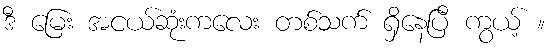
ဒီ မြေး အငယ်ဆုံးကလေး တစ်သက် ရှိနေပြီ ကွယ့် ။